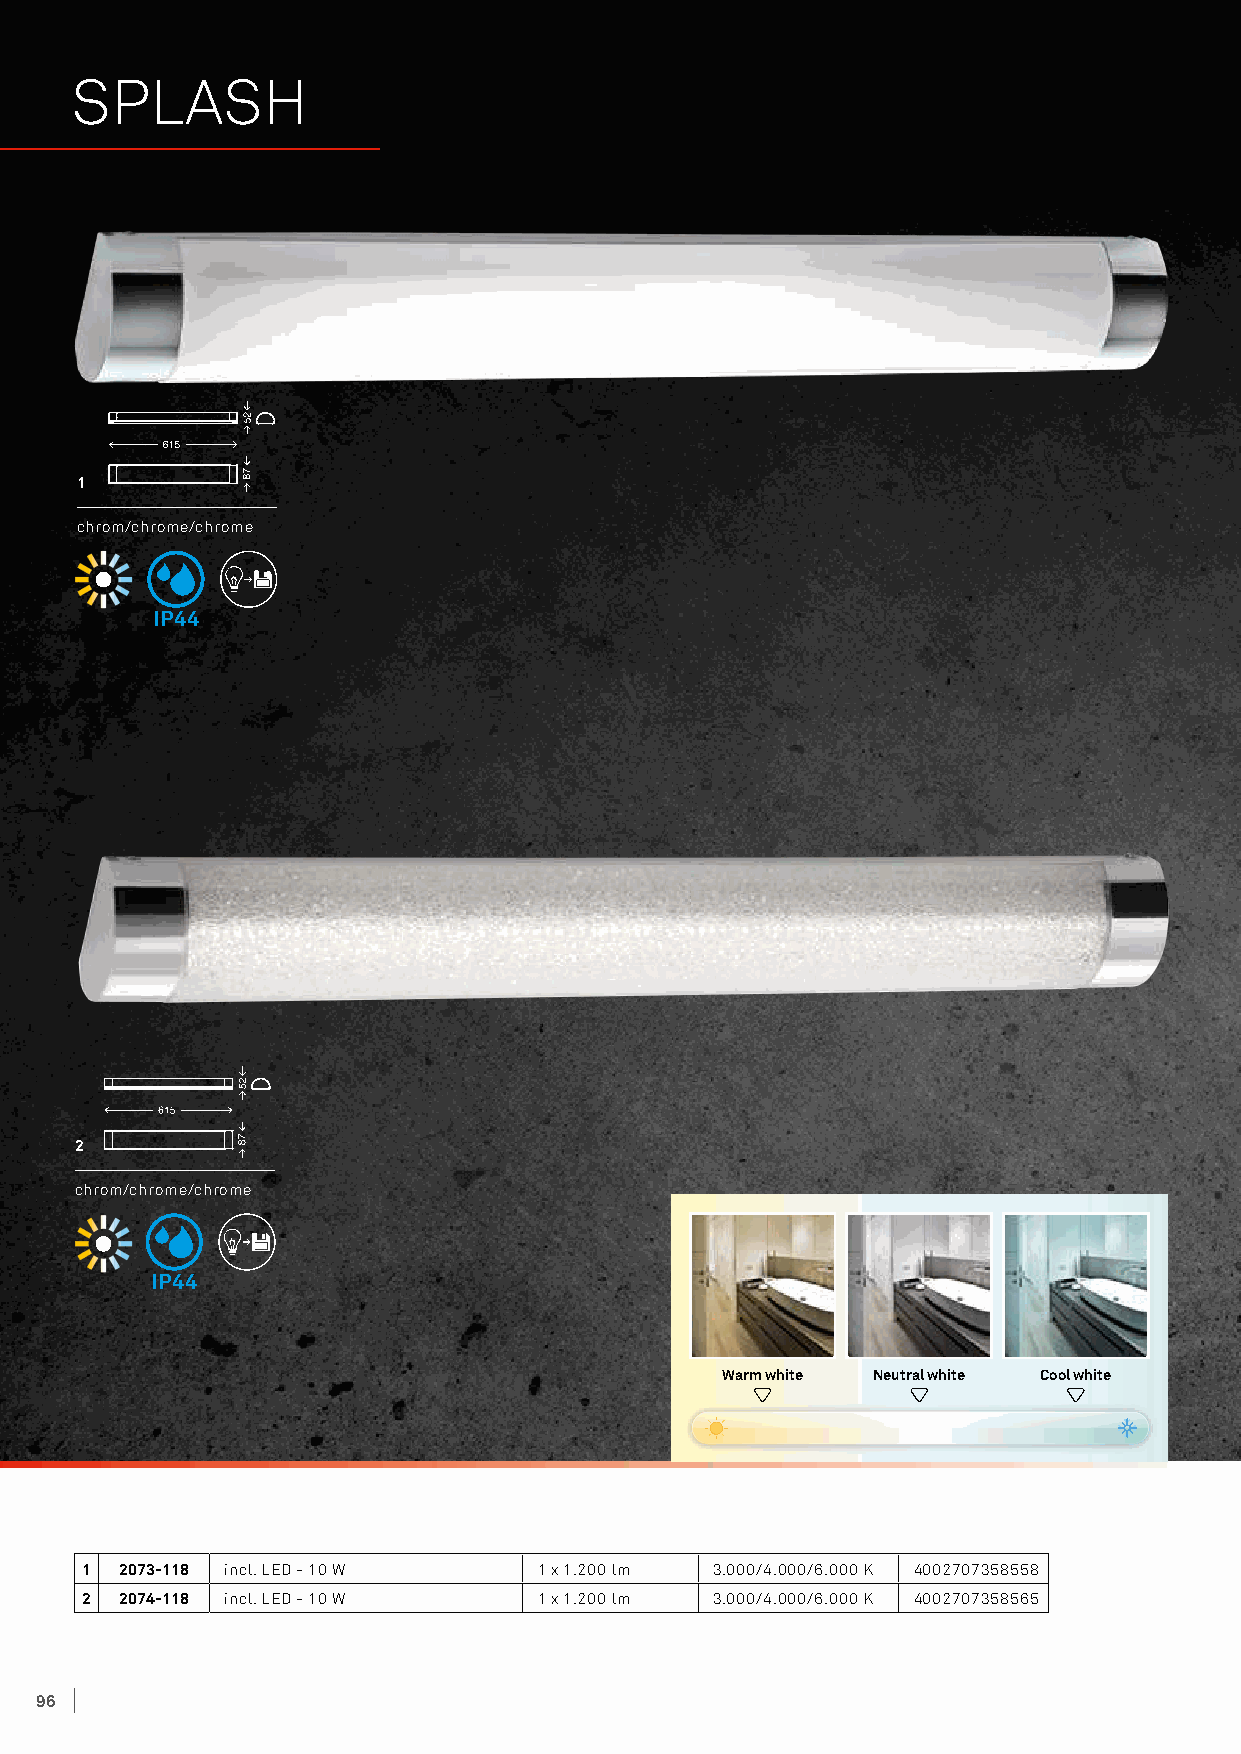
SPLASH
 1
 chrom/chrome/chrome
 IP44
 2
 chrom/chrome/chrome
 IP44
 Warm white Neutral white Cool white
 1  2073-118 incl. LED - 10 W   1 x 1.200 lm 3.000/4.000/6.000 K 4002707358558
 2  2074-118 incl. LED - 10 W   1 x 1.200 lm 3.000/4.000/6.000 K 4002707358565
 96